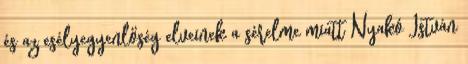
és az esélyegyenlőség elveinek a sérelme miatt Nyakó István